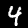
Digit: 4